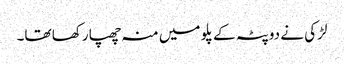
لڑکی نے دوپٹہ کے پلو میں منہ چھپا رکھا تھا۔